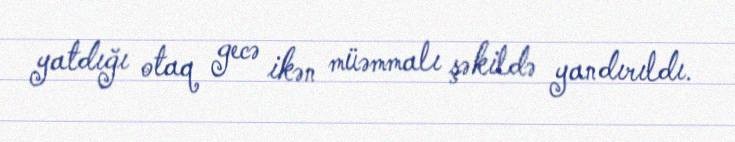
yatdığı otaq gecə ikən müəmmalı şəkildə yandırıldı.